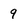
Character: 9